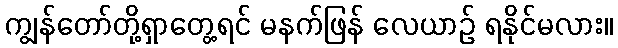
ကျွန်တော်တို့ရှာတွေ့ရင် မနက်ဖြန် လေယာဉ် ရနိုင်မလား။